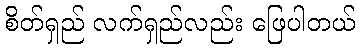
စိတ်ရှည် လက်ရှည်လည်း ဖြေပါတယ်